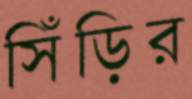
সিঁড়ির